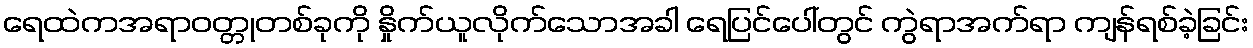
ရေထဲကအရာဝတ္တုတစ်ခုကို နှိုက်ယူလိုက်သောအခါ ရေပြင်ပေါ်တွင် ကွဲရာအက်ရာ ကျန်ရစ်ခဲ့ခြင်း